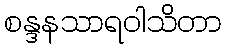
စန္ဒနသာရဝါသိတာ